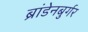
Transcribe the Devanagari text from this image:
ब्रांडेनबुर्गर